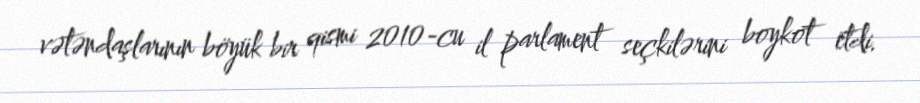
vətəndaşlarının böyük bir qismi 2010-cu il parlament seçkilərini boykot etdi.